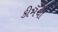
કીમચી